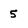
Character: 5